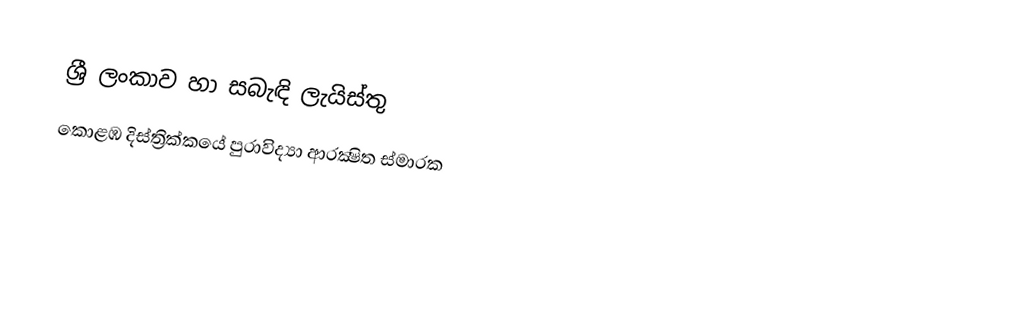
ශ්‍රී ලංකාව හා සබැඳි ලැයිස්තු
කොළඹ දිස්ත්‍රික්කයේ පුරාවිද්‍යා ආරක්‍ෂිත ස්මාරක